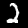
Label: 2